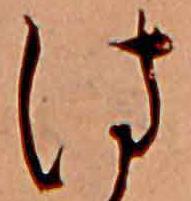
は